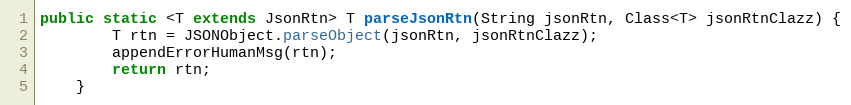
Language: Java
public static <T extends JsonRtn> T parseJsonRtn(String jsonRtn, Class<T> jsonRtnClazz) {
        T rtn = JSONObject.parseObject(jsonRtn, jsonRtnClazz);
        appendErrorHumanMsg(rtn);
        return rtn;
    }